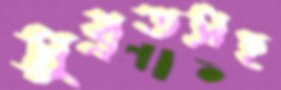
সুব্রতসহ